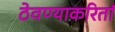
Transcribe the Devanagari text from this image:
ठेवण्याकरितां